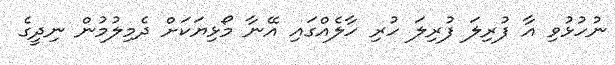
ނުހުޅުވި އާ ފުރިލަ ފުރިލަ ހުރި ހާލެއްގައި އޭނާ މޯޅިޔަކަށް ދެމިލުމުން ނިދީގެ